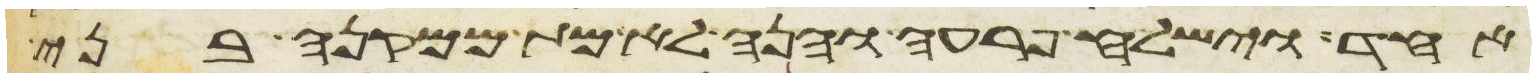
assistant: אחד וישלח פרעה והנה לא מת ממקנה בני